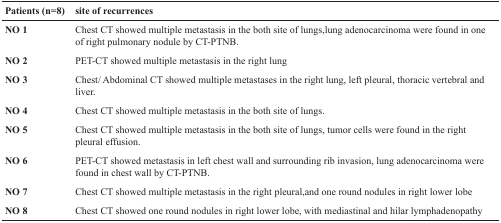
<table><thead><tr><td><b>Patients (n=8)</b></td><td><b>site of recurrences</b></td></tr></thead><tbody><tr><td><b>NO 1</b></td><td>Chest CT showed multiple metastasis in the both site of lungs, lung adenocarcinoma were found in one of right pulmonary nodule by CT-PTNB.</td></tr><tr><td><b>NO 2</b></td><td>PET-CT showed multiple metastasis in the right lung</td></tr><tr><td><b>NO 3</b></td><td>Chest/ Abdominal CT showed multiple metastases in the right lung, left pleural, thoracic vertebral and liver.</td></tr><tr><td><b>NO 4</b></td><td>Chest CT showed multiple metastasis in the both site of lungs.</td></tr><tr><td><b>NO 5</b></td><td>Chest CT showed multiple metastasis in the both site of lungs, tumor cells were found in the right pleural effusion.</td></tr><tr><td><b>NO 6</b></td><td>PET-CT showed metastasis in left chest wall and surrounding rib invasion, lung adenocarcinoma were found in chest wall by CT-PTNB.</td></tr><tr><td><b>NO 7</b></td><td>Chest CT showed multiple metastasis in the right pleural, and one round nodules in right lower lobe</td></tr><tr><td><b>NO 8</b></td><td>Chest CT showed one round nodules in right lower lobe, with mediastinal and hilar lymphadenopathy</td></tr></tbody></table>